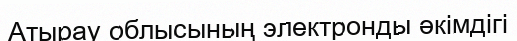
Атырау облысының электронды әкімдігі